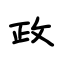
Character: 政